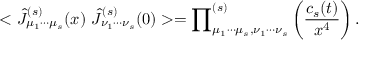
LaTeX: < \hat { { \cal { J } } } _ { \mu _ { 1 } \cdots \mu _ { s } } ^ { ( s ) } ( x ) ~ \hat { { \cal { J } } } _ { \nu _ { 1 } \cdots \nu _ { s } } ^ { ( s ) } ( 0 ) > = { \prod } _ { \mu _ { 1 } \cdots \mu _ { s } , \nu _ { 1 } \cdots \nu _ { s } } ^ { ( s ) } \left( { \frac { c _ { s } ( t ) } { x ^ { 4 } } } \right) .